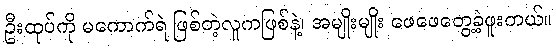
ဦးထုပ်ကို မကောက်ရဲ ဖြစ်တဲ့လူကဖြစ်နဲ့၊ အမျိုးမျိုး ဖေဖေတွေ့ခဲ့ဖူးတယ်။